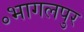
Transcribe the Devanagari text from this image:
॰भागलपुर